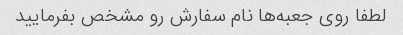
لطفا روی جعبه‌ها نام سفارش رو مشخص بفرمایید